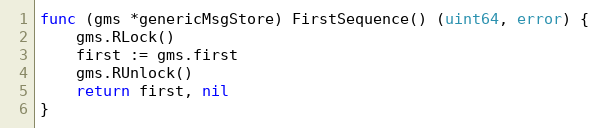
Language: Go
func (gms *genericMsgStore) FirstSequence() (uint64, error) {
	gms.RLock()
	first := gms.first
	gms.RUnlock()
	return first, nil
}